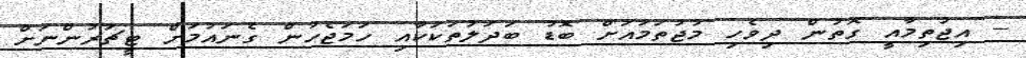
-- އިޖުތިމާއީ ގޮތުން ދިވެހި މުޖުތަމައަށް ބޮޑު ބަދަލުތަކަކާއި ހަމަޖެހުން ގެނައުމަށް ޓީޗަރުންނަށް